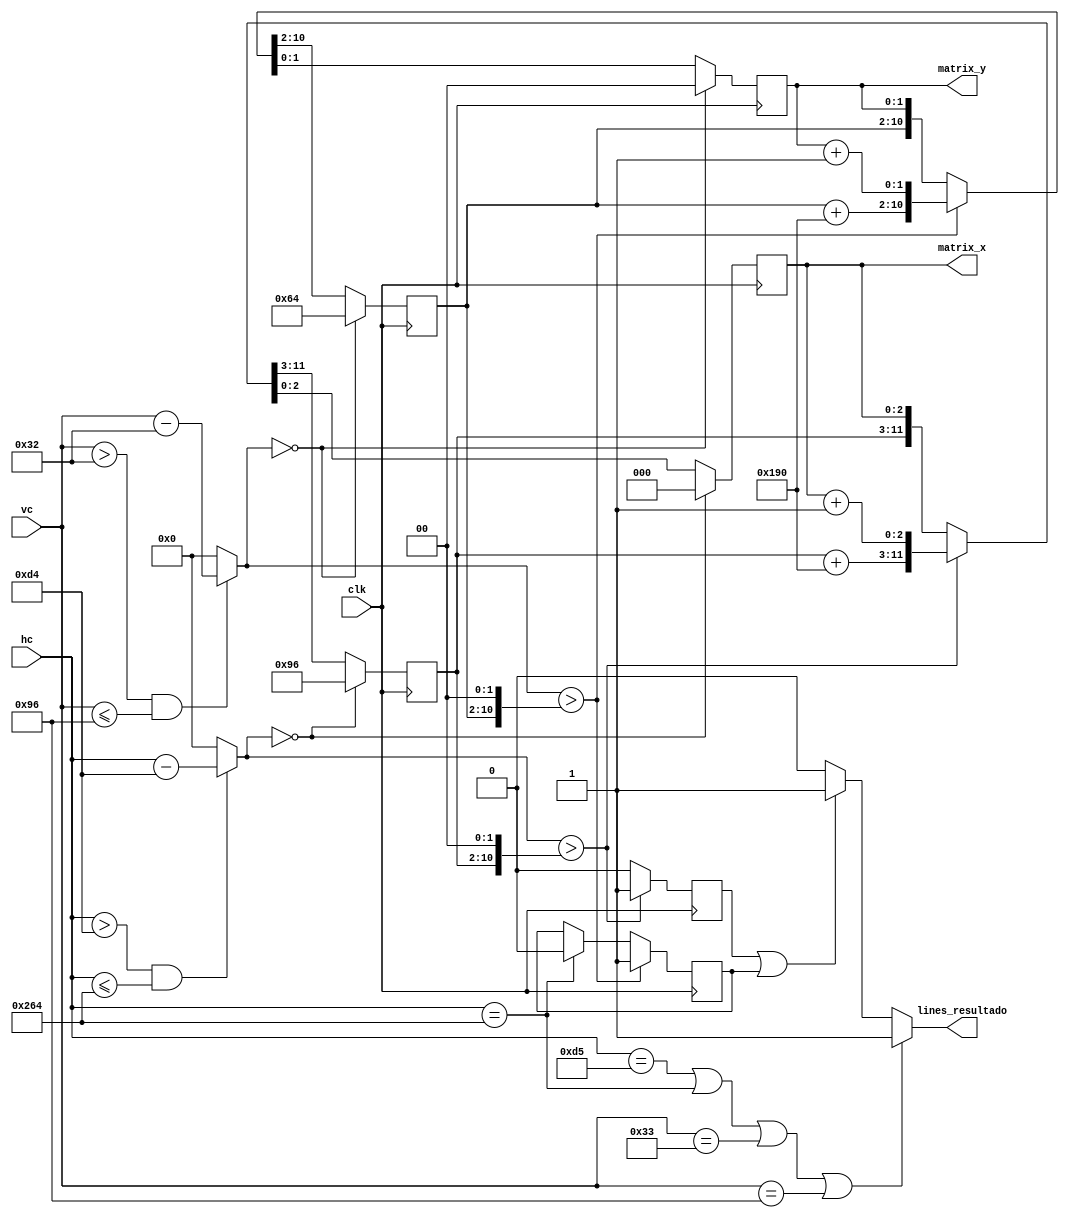
`timescale 1ns / 1ps
//////////////////////////////////////////////////////////////////////////////////
// Company: 
// Engineer: 
// 
// Design Name: 
// Module Name: template_resultado
// Project Name: 
// Target Devices: 
// Tool Versions: 
// Description: 
// 
// Dependencies: 
// 
// Revision:
// Revision 0.01 - File Created
// Additional Comments:
// 
//////////////////////////////////////////////////////////////////////////////////
module template_resultado(clk, hc, vc, matrix_x, matrix_y, lines_resultado);
	input clk;
	input [10:0] hc;
	input [10:0] vc;
	output reg[2:0]matrix_x = 3'd0;//desde 0 hasta 5
	output reg[1:0]matrix_y = 2'd0;//desde 0 hasta 3
	output reg lines_resultado;

	parameter d_col=8'b1_1001;		//25 ....agregar 2 ceros //25 * 6 = 150
	parameter d_row=9'd100;		//25 ....agregar 2 ceros //25 * 4 = 100
	parameter zeros_col=2'd0;
	parameter zeros_row=2'd0;
	
	reg [8:0]col=d_col;	
	reg [8:0]row=d_row;		
	reg [8:0]col_next;
	reg [8:0]row_next;
	
	reg [2:0]matrix_x_next;
	reg [1:0]matrix_y_next;
	
	wire [10:0]hc_template, vc_template;
	
	
	parameter CUADRILLA_XI = 		212;
	parameter CUADRILLA_XF = 		612;
	
	parameter CUADRILLA_YI = 		50;
	parameter CUADRILLA_YF = 		150;
	
	assign hc_template = ( (hc > CUADRILLA_XI) && (hc <= CUADRILLA_XF) )?hc - CUADRILLA_XI: 11'd0;
	assign vc_template = ( (vc > CUADRILLA_YI) && (vc <= CUADRILLA_YF) )?vc - CUADRILLA_YI: 11'd0;
	
	
	
	always@(*)
		if(hc_template == 'd0)//fuera del rango visible
			{col_next, matrix_x_next} = {9'd150, 3'd0};
		else if(hc_template > {col, zeros_col})
			{col_next, matrix_x_next} = {col + 9'd400/*d_col*/, matrix_x + 3'd1};
		else
			{col_next,matrix_x_next} = {col, matrix_x};
	
	always@(*)
		if(vc_template == 'd0)
			{row_next,matrix_y_next} = {d_row, 2'd0};
		else if(vc_template > {row, zeros_row})
			{row_next, matrix_y_next} = {row + 9'd400, matrix_y + 2'd1};
		else
			{row_next, matrix_y_next} = {row, matrix_y};
	
	//para generar las lneas divisorias.
	reg lin_v, lin_v_next;
	reg lin_h, lin_h_next;
	
	always@(*)
	begin
		if(hc_template > {col, zeros_col})
			lin_v_next = 1'b1;
		else
			lin_v_next = 1'b0;
			
		if(vc_template > {row, zeros_row})
			lin_h_next = 1'b1;
		else if(hc == CUADRILLA_XF)
			lin_h_next = 1'b0;
		else
			lin_h_next = lin_h;
	end
	
	
	always@(posedge clk)
		{col, row, matrix_x, matrix_y} <= {col_next, row_next, matrix_x_next, matrix_y_next};
	
	always@(posedge clk)
		{lin_v, lin_h} <= {lin_v_next, lin_h_next};
		
	
	always@(*)
		if( (hc == (CUADRILLA_XI + 11'd1)) || (hc == CUADRILLA_XF) ||
		  (vc == (CUADRILLA_YI + 11'd1)) || (vc == CUADRILLA_YF) )
			lines_resultado = 1'b1;
		else if( (lin_v == 1'b1) || (lin_h == 1'b1))
			lines_resultado = 1'b1;
		else
			lines_resultado = 1'b0;

endmodule